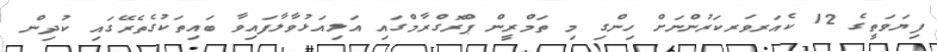
ފިޔަވަތީގެ 12 ކެއަރވަރކަރުންނަށް ހިންގި މި ތަމްރީން ޕްރޮގްރާމްގައި އަލިއަޅުވާލާފައިވާ ބައިތަކުގެތެރޭގައި ކުދިން